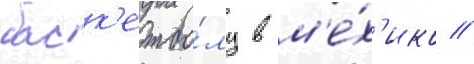
баск'етбо́лу в м'е́х'ико /